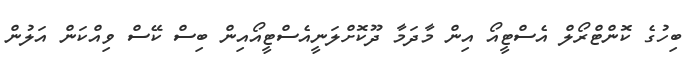
ބިހުގެ ކޮންޓްރޯލް އެސްޓީއޯ އިން މާދަމާ ދޫކޮށްލަނީއެސްޓީއޯއިން ބިސް ކޭސް ވިއްކަން އަލުން